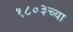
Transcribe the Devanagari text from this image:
१८०३च्या